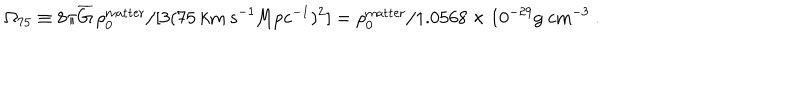
\Omega _ { 7 5 } \equiv 8 \pi \overline { { { G } } } \, \rho _ { 0 } ^ { \mathrm { m a t t e r } } / [ 3 ( 7 5 \ \mathrm { k m ~ s } ^ { - 1 } \mathrm { M p c } ^ { - 1 } ) ^ { 2 } ] = \rho _ { 0 } ^ { \mathrm { m a t t e r } } / 1 . 0 5 6 8 \times 1 0 ^ { - 2 9 } \mathrm { g ~ c m } ^ { - 3 } \ .